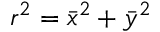
r ^ { 2 } = \bar { x } ^ { 2 } + \bar { y } ^ { 2 }